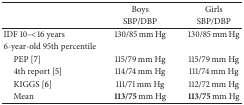
|  | Boys | Girls |
 |  | SBP/DBP | SBP/DBP |
 | --- | --- | --- |
 | IDF 10–<16 years | 130/85 mm Hg | 130/85 mm Hg |
 | 6-year-old 95th percentile |  |  |
 | PEP [7] | 115/79 mm Hg | 115/79 mm Hg |
 | 4th report [5] | 114/74 mm Hg | 111/74 mm Hg |
 | KIGGS [6] | 111/71 mm Hg | 112/72 mm Hg |
 | Mean | 113/75 mm Hg | 113/75 mm Hg |